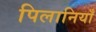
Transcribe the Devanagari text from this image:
पिलानियाँ